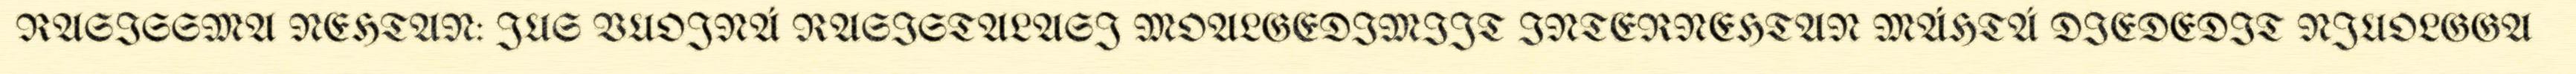
RASISSMA NEHTAN: JUS VUOJNÁ RASISTALASJ MOALGEDIMIJT INTERNEHTAN MÁHTÁ DIEDEDIT NJUOLGGA